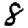
Digit: 8